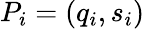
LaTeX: P_{i}=\left(q_{i},s_{i}\right)